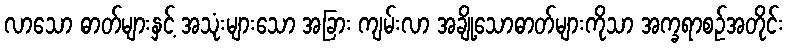
လာသော ဓာတ်များနှင့် အသုံးများသော အခြား ကျမ်းလာ အချို့သောဓာတ်များကိုသာ အက္ခရာစဉ်အတိုင်း